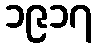
၁၉၁၇